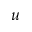
u